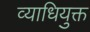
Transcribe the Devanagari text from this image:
व्याधियुक्त